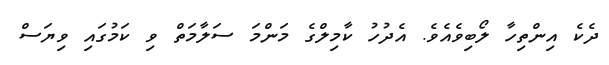
ދެކެ އިންތިހާ ލޯބިވެއެވެ. އެދުހު ކާމިލްގެ މަންމަ ސަލާމަތް ވި ކަމުގައި ވިޔަސް